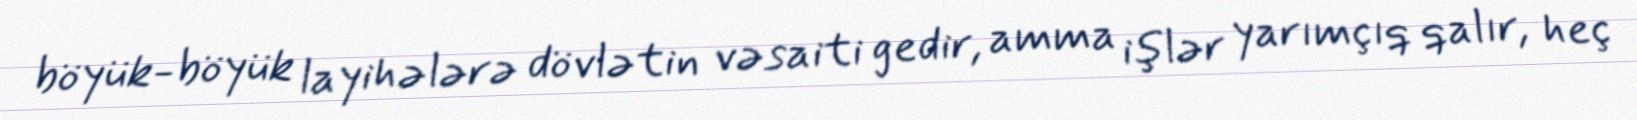
böyük-böyük layihələrə dövlətin vəsaiti gedir, amma işlər yarımçıq qalır, heç